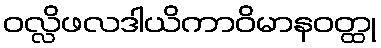
ဝလ္လိဖလဒါယိကာဝိမာနဝတ္ထု